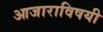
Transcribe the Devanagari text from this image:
आजाराविषयी